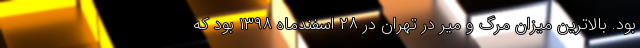
بود. بالاترین میزان مرگ و میر در تهران در ۲۸ اسفندماه ۱۳۹۸ بود که